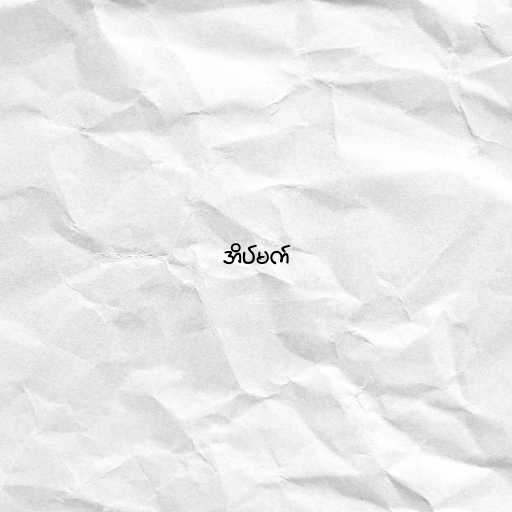
အိပ်မက်